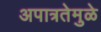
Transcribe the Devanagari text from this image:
अपात्रतेमुळे